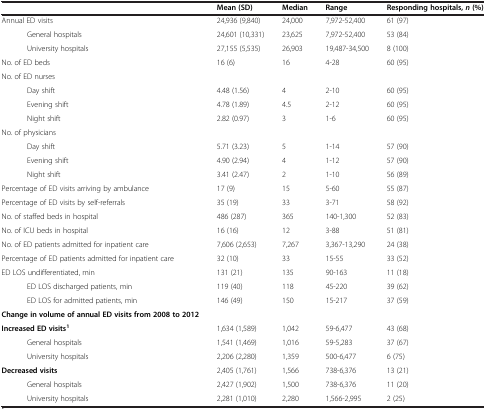
<table><thead><tr><td><b> </b></td><td><b>Mean (SD)</b></td><td><b>Median</b></td><td><b>Range</b></td><td><b>Responding hospitals, <i>n </i>(%)</b></td></tr></thead><tbody><tr><td>Annual ED visits</td><td>24,936 (9,840)</td><td>24,000</td><td>7,972-52,400</td><td>61 (97)</td></tr><tr><td>General hospitals</td><td>24,601 (10,331)</td><td>23,625</td><td>7,972-52,400</td><td>53 (84)</td></tr><tr><td>University hospitals</td><td>27,155 (5,535)</td><td>26,903</td><td>19,487-34,500</td><td>8 (100)</td></tr><tr><td>No. of ED beds</td><td>16 (6)</td><td>16</td><td>4-28</td><td>60 (95)</td></tr><tr><td>No. of ED nurses</td><td> </td><td> </td><td> </td><td> </td></tr><tr><td>Day shift</td><td>4.48 (1.56)</td><td>4</td><td>2-10</td><td>60 (95)</td></tr><tr><td>Evening shift</td><td>4.78 (1.89)</td><td>4.5</td><td>2-12</td><td>60 (95)</td></tr><tr><td>Night shift</td><td>2.82 (0.97)</td><td>3</td><td>1-6</td><td>60 (95)</td></tr><tr><td>No. of physicians</td><td> </td><td> </td><td> </td><td> </td></tr><tr><td>Day shift</td><td>5.71 (3.23)</td><td>5</td><td>1-14</td><td>57 (90)</td></tr><tr><td>Evening shift</td><td>4.90 (2.94)</td><td>4</td><td>1-12</td><td>57 (90)</td></tr><tr><td>Night shift</td><td>3.41 (2.47)</td><td>2</td><td>1-10</td><td>56 (89)</td></tr><tr><td>Percentage of ED visits arriving by ambulance</td><td>17 (9)</td><td>15</td><td>5-60</td><td>55 (87)</td></tr><tr><td>Percentage of ED visits by self-referrals</td><td>35 (19)</td><td>33</td><td>3-71</td><td>58 (92)</td></tr><tr><td>No. of staffed beds in hospital</td><td>486 (287)</td><td>365</td><td>140-1,300</td><td>52 (83)</td></tr><tr><td>No. of ICU beds in hospital</td><td>16 (16)</td><td>12</td><td>3-88</td><td>51 (81)</td></tr><tr><td>No. of ED patients admitted for inpatient care</td><td>7,606 (2,653)</td><td>7,267</td><td>3,367-13,290</td><td>24 (38)</td></tr><tr><td>Percentage of ED patients admitted for inpatient care</td><td>32 (10)</td><td>33</td><td>15-55</td><td>33 (52)</td></tr><tr><td>ED LOS undifferentiated, min</td><td>131 (21)</td><td>135</td><td>90-163</td><td>11 (18)</td></tr><tr><td>ED LOS discharged patients, min</td><td>119 (40)</td><td>118</td><td>45-220</td><td>39 (62)</td></tr><tr><td>ED LOS for admitted patients, min</td><td>146 (49)</td><td>150</td><td>15-217</td><td>37 (59)</td></tr><tr><td><b>Change in volume of annual ED visits from 2008 to 2012</b></td><td> </td><td> </td><td> </td><td> </td></tr><tr><td><b>Increased ED visits</b><sup><b>1</b></sup></td><td>1,634 (1,589)</td><td>1,042</td><td>59-6,477</td><td>43 (68)</td></tr><tr><td>General hospitals</td><td>1,541 (1,469)</td><td>1,016</td><td>59-5,283</td><td>37 (67)</td></tr><tr><td>University hospitals</td><td>2,206 (2,280)</td><td>1,359</td><td>500-6,477</td><td>6 (75)</td></tr><tr><td><b>Decreased visits</b></td><td>2,405 (1,761)</td><td>1,566</td><td>738-6,376</td><td>13 (21)</td></tr><tr><td>General hospitals</td><td>2,427 (1,902)</td><td>1,500</td><td>738-6,376</td><td>11 (20)</td></tr><tr><td>University hospitals</td><td>2,281 (1,010)</td><td>2,280</td><td>1,566-2,995</td><td>2 (25)</td></tr></tbody></table>